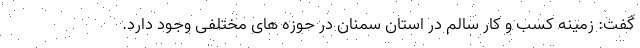
گفت: زمینه کسب و کار سالم در استان سمنان در حوزه های مختلفی وجود دارد.